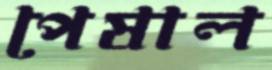
পেষাল